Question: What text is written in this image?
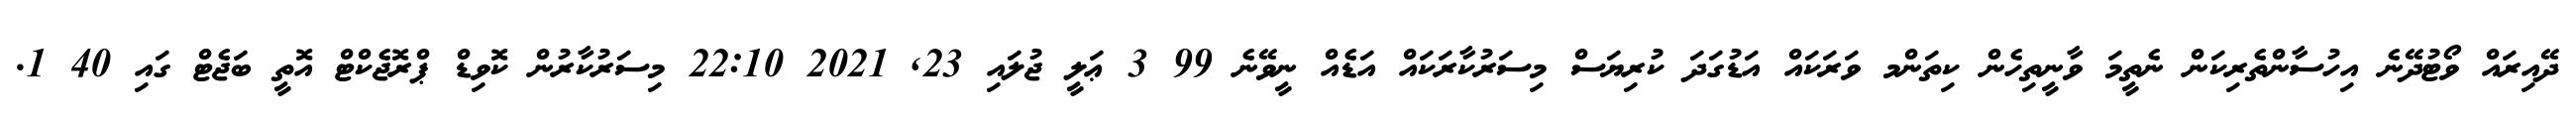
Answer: ދޭއިރައް ވޯޓުދޭނެ އިހުސާންތެރިކަން ނެތީމަ ވާނީތިހެން ކިތަންމ ވަރަކައް އަޑުގަދަ ކުރިޔަސް މިސަރުކާރަކައް އަޑެއް ނީވޭނެ 99 3 ޢަލީ ޖުލައި 23, 2021 22:10 މިސަރުކާރުން ކޮވިޑް ޕްރޮޖެކްޓް އޮތީ ބަޖެޓް ގައި 40 1.